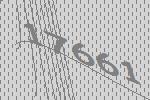
17661